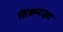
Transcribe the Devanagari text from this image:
सिंक्रनाइट